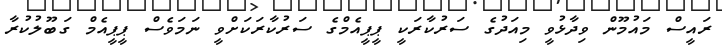
ރައީސް މައުމޫން ވިދާޅުވީ މިއަދުގެ ސަރުކާރަކީ ޕީޕީއެމްގެ ސަރުކާރަކަށްވީ ނަމަވެސް ޕީޕީއެމް ގަބޫލުކުރާ